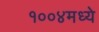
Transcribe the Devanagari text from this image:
१००४मध्ये